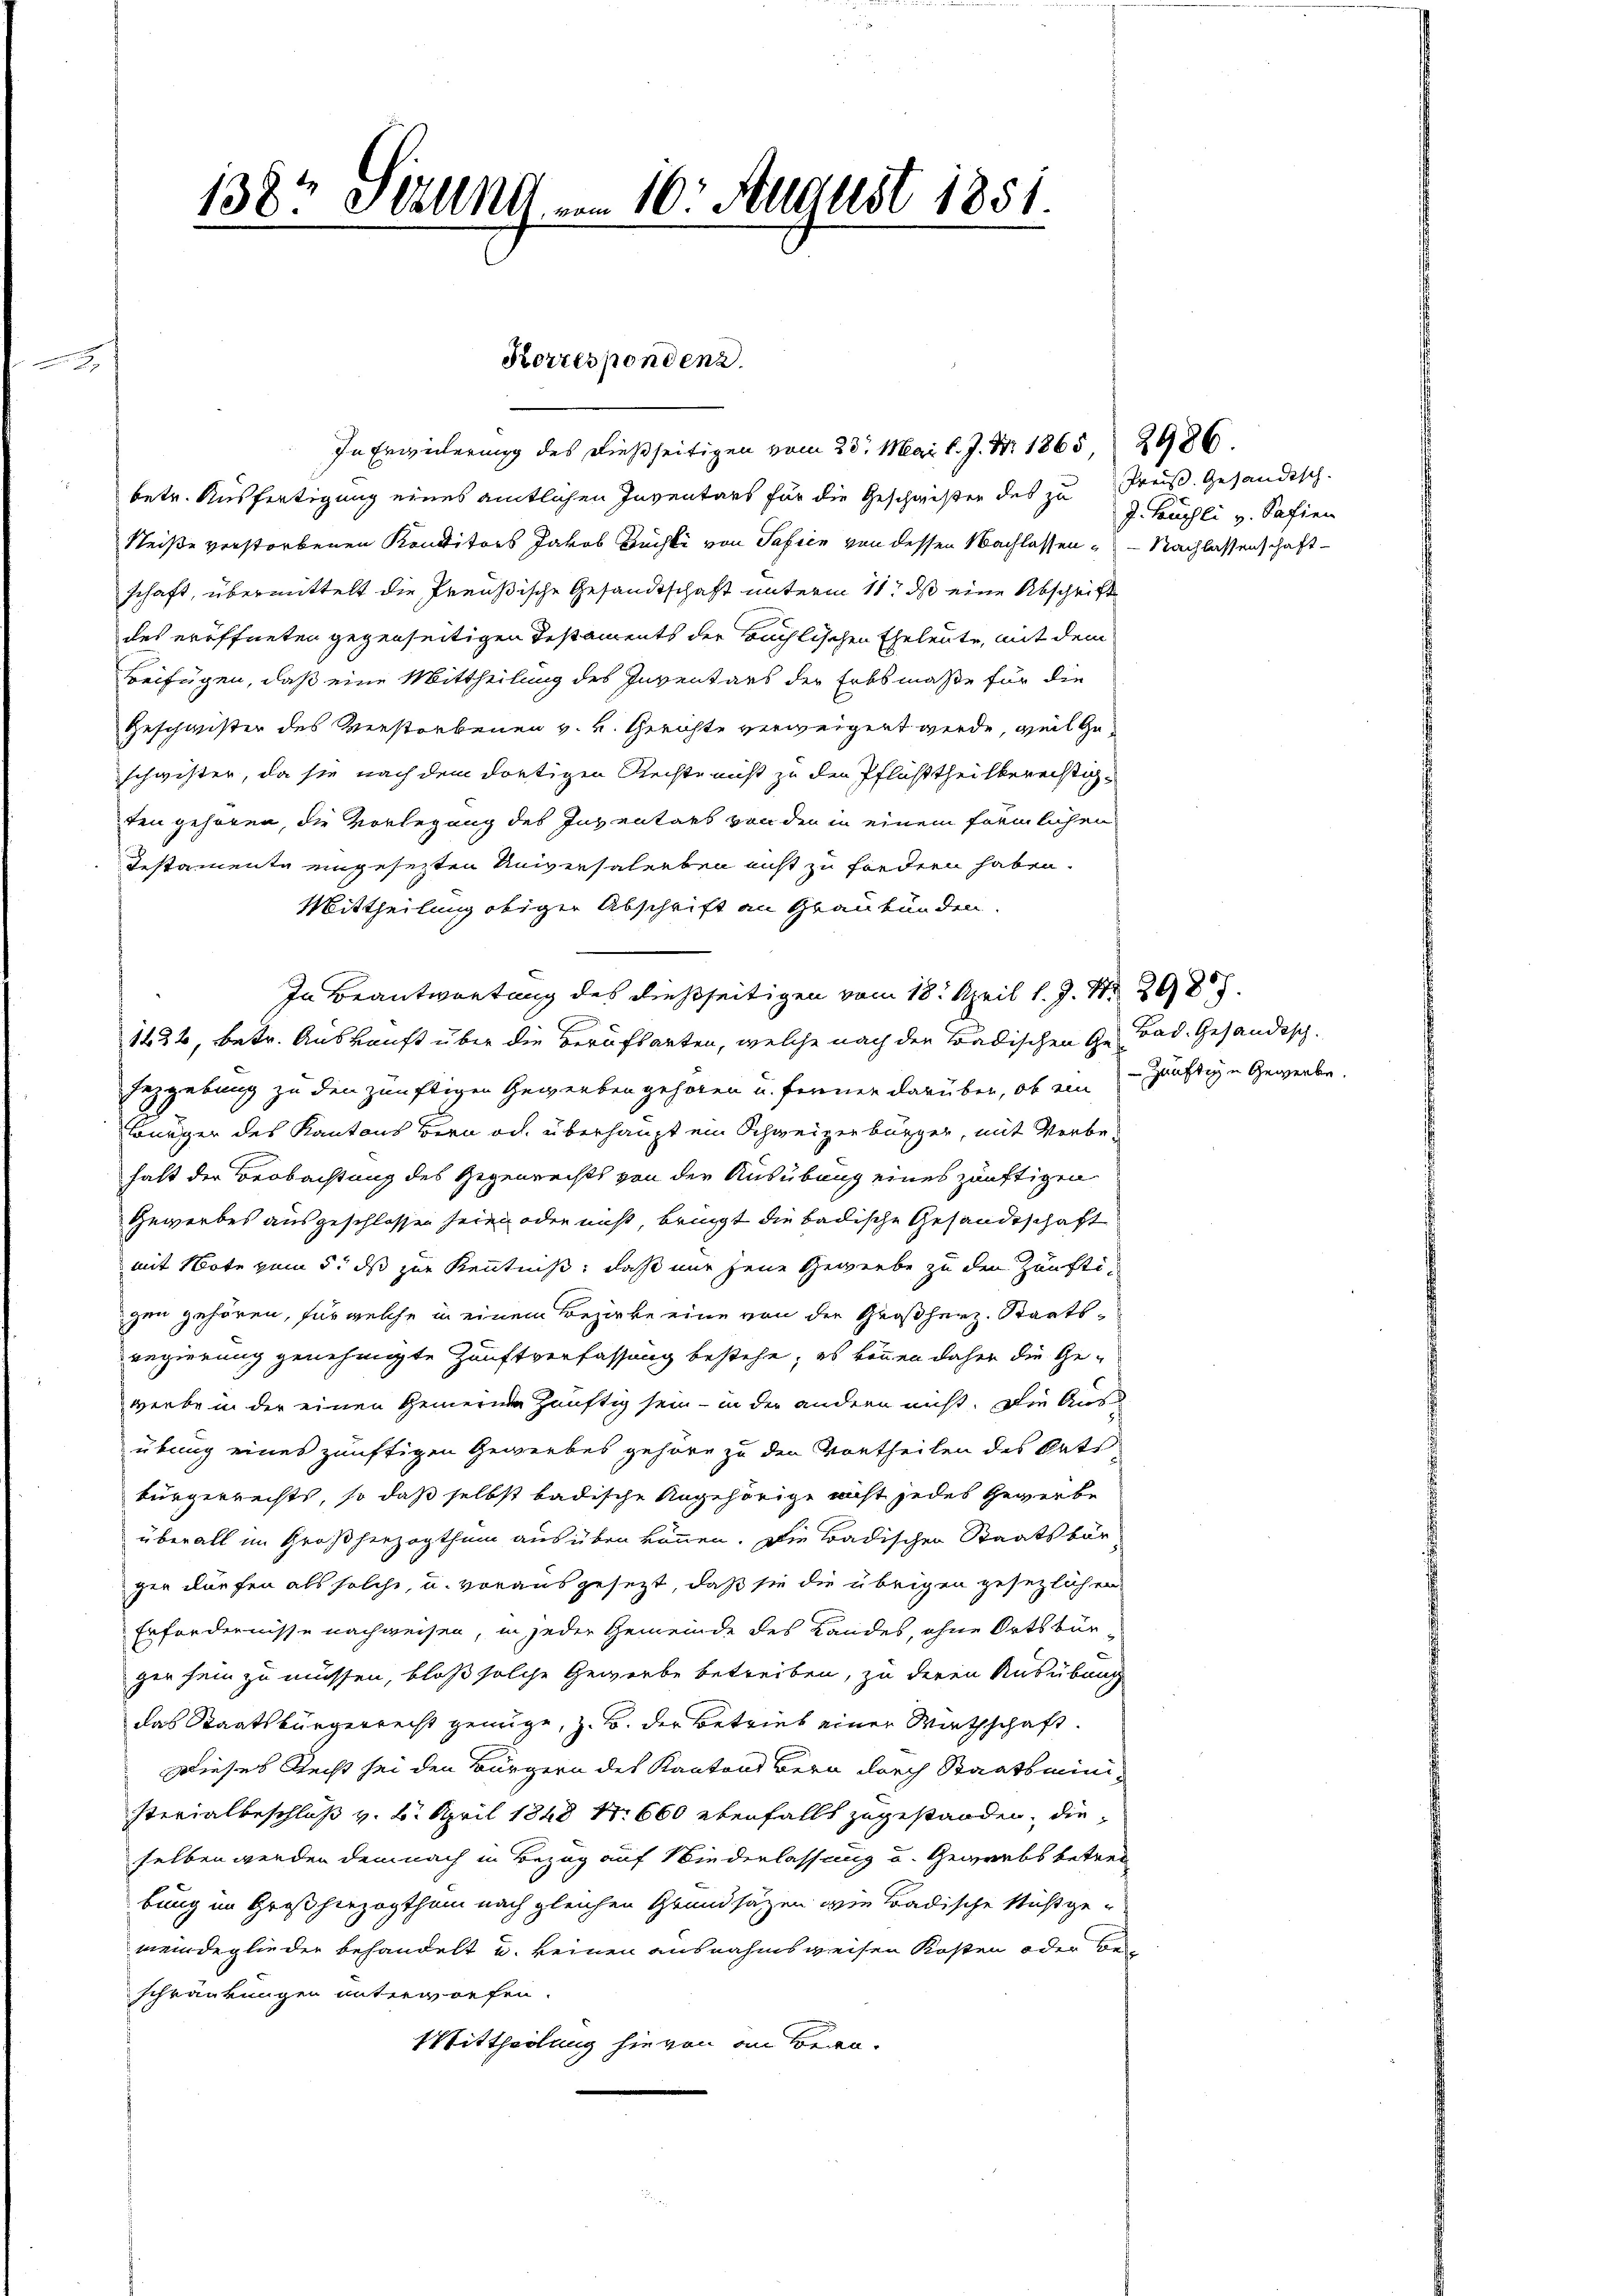
.

In Erwicherung des dießseitigen vom 23. Mai l. J. Nr. 1865, 2986.
betr. Ausfertigung eines amtlichen Inventars für die Geschwister des zu Preis. Gesandtsch-
Weiße verstorbenen Konditors Jakob Büchli von Safien von dessen Nachlassen Nachlassenschaft-
schaft, übermittelt die Preußische Gesandtschaft unterm 11. ds eine Abschrift
des eröffneten gegenseitigen Testaments der Büchlischen Eheleute, mit dem
Beifügen, daß eine Mittheilung des Inventars der Erbsmaße für die
Geschwister des Verstorbenen v. K. Gerichte verweigert werde, weil geschwister, da sie nach dem dortigen Rechte nicht zu den Pflichttheilberechtigten gehören, die Vorlegung des Inventars von den in einem förmlichen
Testamente ungesetzten Universalerben nicht zu fordern haben.
Mittheilung obiger Abschrift an Graubünden.
In Beantwortung des dießseitigen vom 18. April l. J. S. 298.
1424, betr. Auskunft über die Berufsarten, welche nach den Badischen Ge- Bad. Gesandtsch-
Jezgebung zu den zünftigen Gewerben gehören u. ferner darüber, ob ein Zünftige Gewerbe.
löniger des Kantons Bern od. überhaupt ein Schweizerbürger, mit Verbehalt der Beobachtung des Gegenrechts von der Ausübung eines zünftigen
Gewerbes ausgeschlossen seien oder nicht, bringt die badische Gesandtschaft
mit Note vom 5. ds zur Kenntniß, daß nur jene Gewerbe zu den Zünftigen gehören, für welche in einem Bezirke eine von der Großherz. Staatsregierung genehmigte Zunftverfassung bestehe, es können daher die Gewiebe in der einen Gemeine Zünftig sein - in der andern nicht. Die Ausübung eines zünftigen Gewerbes gehöre zu den Vortheilen des Rats
bürgerrechts, so daß selbst badische Angehörige nicht jedes Gewerbe
überall im Großherzogthum ausüben können. Die Badischen Staatsbür-
gen dürfen als solche, u. vorausgesezt, daß sie die übrigen gesezlichen
Erfordernisse nachweisen, in jeder Gemeinde des Landes, ohne Ortsbürgen sein zu müssen, bloß solche Gewerbe betreiben, zu deren Ausübung
das Staatsbürgerrecht genüge, z. B. der Betrieb einer Wirthschaft
Dieses Recht sei den Bürgern des Kantons Bern durch Staatsministerialbeschluß v. 6. April 1848 f. 660 ebenfalls zugestanden, dieselben werden demnach in Bezug auf Wiederlassung u. Gewerbs betret
bung im Großherzogthum nach gleichen Grundsätzen wie Badische Nußgemeindeglieder behandelt u. keinen ausnahmsweisen Kosten oder beschränkungen unterworfen.
Mittheilung hievon an Bern.

1387 Sezung vom 16. August 1851.

Korrespondenz.

J. Hasli v. Safien